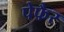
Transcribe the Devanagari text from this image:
पेफैर